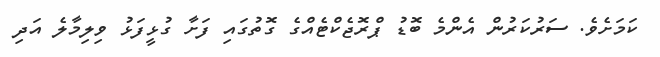
ކަމަށެވެ. ސަރުކަރުން އެންމެ ބޮޑު ޕްރޮޖެކްޓެއްގެ ގޮތުގައި ފަށާ ގުޅީފަޅު ވިލިމާލެ އަދި